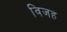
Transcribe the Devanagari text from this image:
विजह